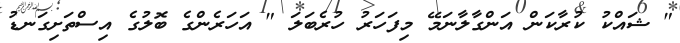
" ޝައްކު ކުރާކަން އަންގާލާނަމޭ މިފަހަރު ހުރެބަލަ " އަހަރެންގެ ބޮލުގެ އިސްތަށިގަނޑު